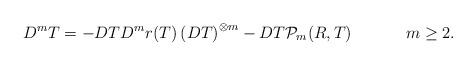
LaTeX: \begin{align*}D^m T = - DT D^mr(T) \left( DT \right)^{\otimes m} - DT \mathcal{P}_m(R,T) && m \ge 2.\end{align*}